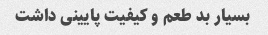
بسیار بد طعم و کیفیت پایینی داشت